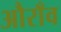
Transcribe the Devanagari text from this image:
औराँव